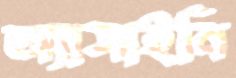
অ্যাসাইনি